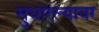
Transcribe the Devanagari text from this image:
सुधारल्यावर